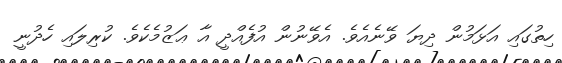
ހިތުގައި އަޅަމުން ދިޔަ ވޭނެއެވެ. އެވޭނުން އުފެއްދީ އާ ޢަޒުމެކެވެ. ކުރިލައި ހެދުނީ